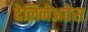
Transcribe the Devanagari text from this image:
देलिनेअतेस